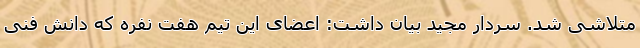
متلاشی شد. سردار مجید بیان داشت: اعضای این تیم هفت نفره که دانش فنی